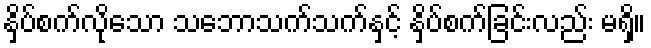
နှိပ်စက်လိုသော သဘောသက်သက်နှင့် နှိပ်စက်ခြင်းလည်း မရှိ။